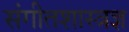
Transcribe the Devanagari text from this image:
संगीतशास्त्रज्ञ